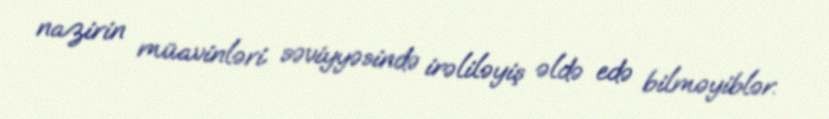
nazirin müavinləri səviyyəsində irəliləyiş əldə edə bilməyiblər.